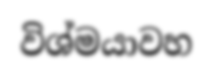
විශ්මයාවහ